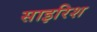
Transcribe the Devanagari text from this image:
साइरिश